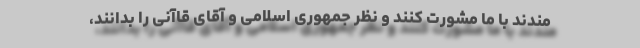
مندند با ما مشورت کنند و نظر جمهوری اسلامی و آقای قاآنی را بدانند،